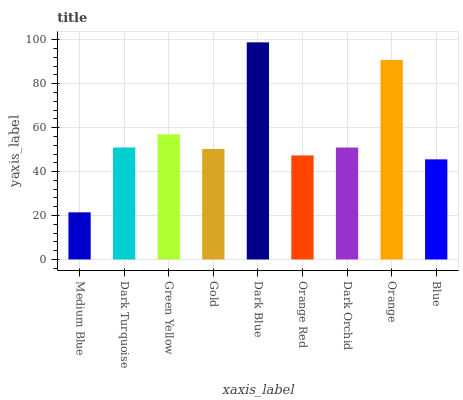
| xaxis_label | bars |
 | --- | --- |
 | Medium Blue | 21.5 |
 | Dark Turquoise | 51 |
 | Green Yellow | 57 |
 | Gold | 50.3 |
 | Dark Blue | 98.9 |
 | Orange Red | 47.4 |
 | Dark Orchid | 51 |
 | Orange | 90.8 |
 | Blue | 45.6 |